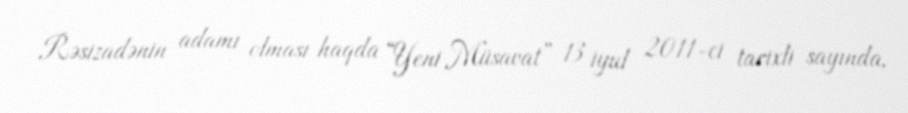
Rəsizadənin adamı olması haqda “Yeni Müsavat” 13 iyul 2011-ci tarixli sayında,